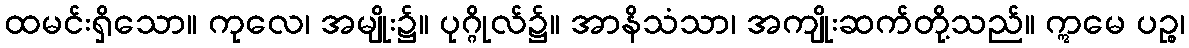
ထမင်းရှိသော။ ကုလေ၊ အမျိုး၌။ ပုဂ္ဂိုလ်၌။ အာနိသံသာ၊ အကျိုးဆက်တို့သည်။ ဣမေ ပဉ္စ၊